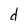
Character: d